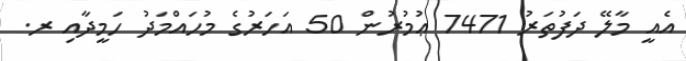
އެއީ މާލޭ ދަފުތަރު 7471 ޢުމުރުން 50 އަހަރުގެ މުހައްމަދު ހަމީދާއި ރ.